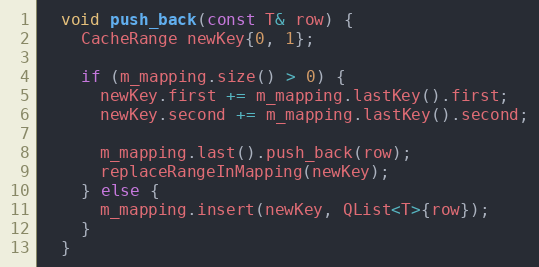
Language: C
  void push_back(const T& row) {
    CacheRange newKey{0, 1};

    if (m_mapping.size() > 0) {
      newKey.first += m_mapping.lastKey().first;
      newKey.second += m_mapping.lastKey().second;

      m_mapping.last().push_back(row);
      replaceRangeInMapping(newKey);
    } else {
      m_mapping.insert(newKey, QList<T>{row});
    }
  }